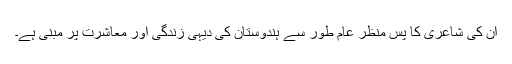
ان کی شاعری کا پس منظر عام طور سے ہندوستان کی دیہی زندگی اور معاشرت پر مبنی ہے۔